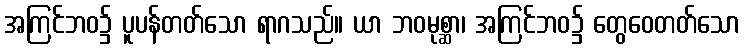
အကြင်ဘဝ၌ ပူပန်တတ်သော ရာဂသည်။ ယာ ဘဝမုစ္ဆာ၊ အကြင်ဘဝ၌ တွေဝေတတ်သော